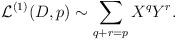
LaTeX: \begin{align*}{\cal L}^{(1)}(D,p) \sim \sum_{q+r=p} X^{q} Y^{r}.\end{align*}